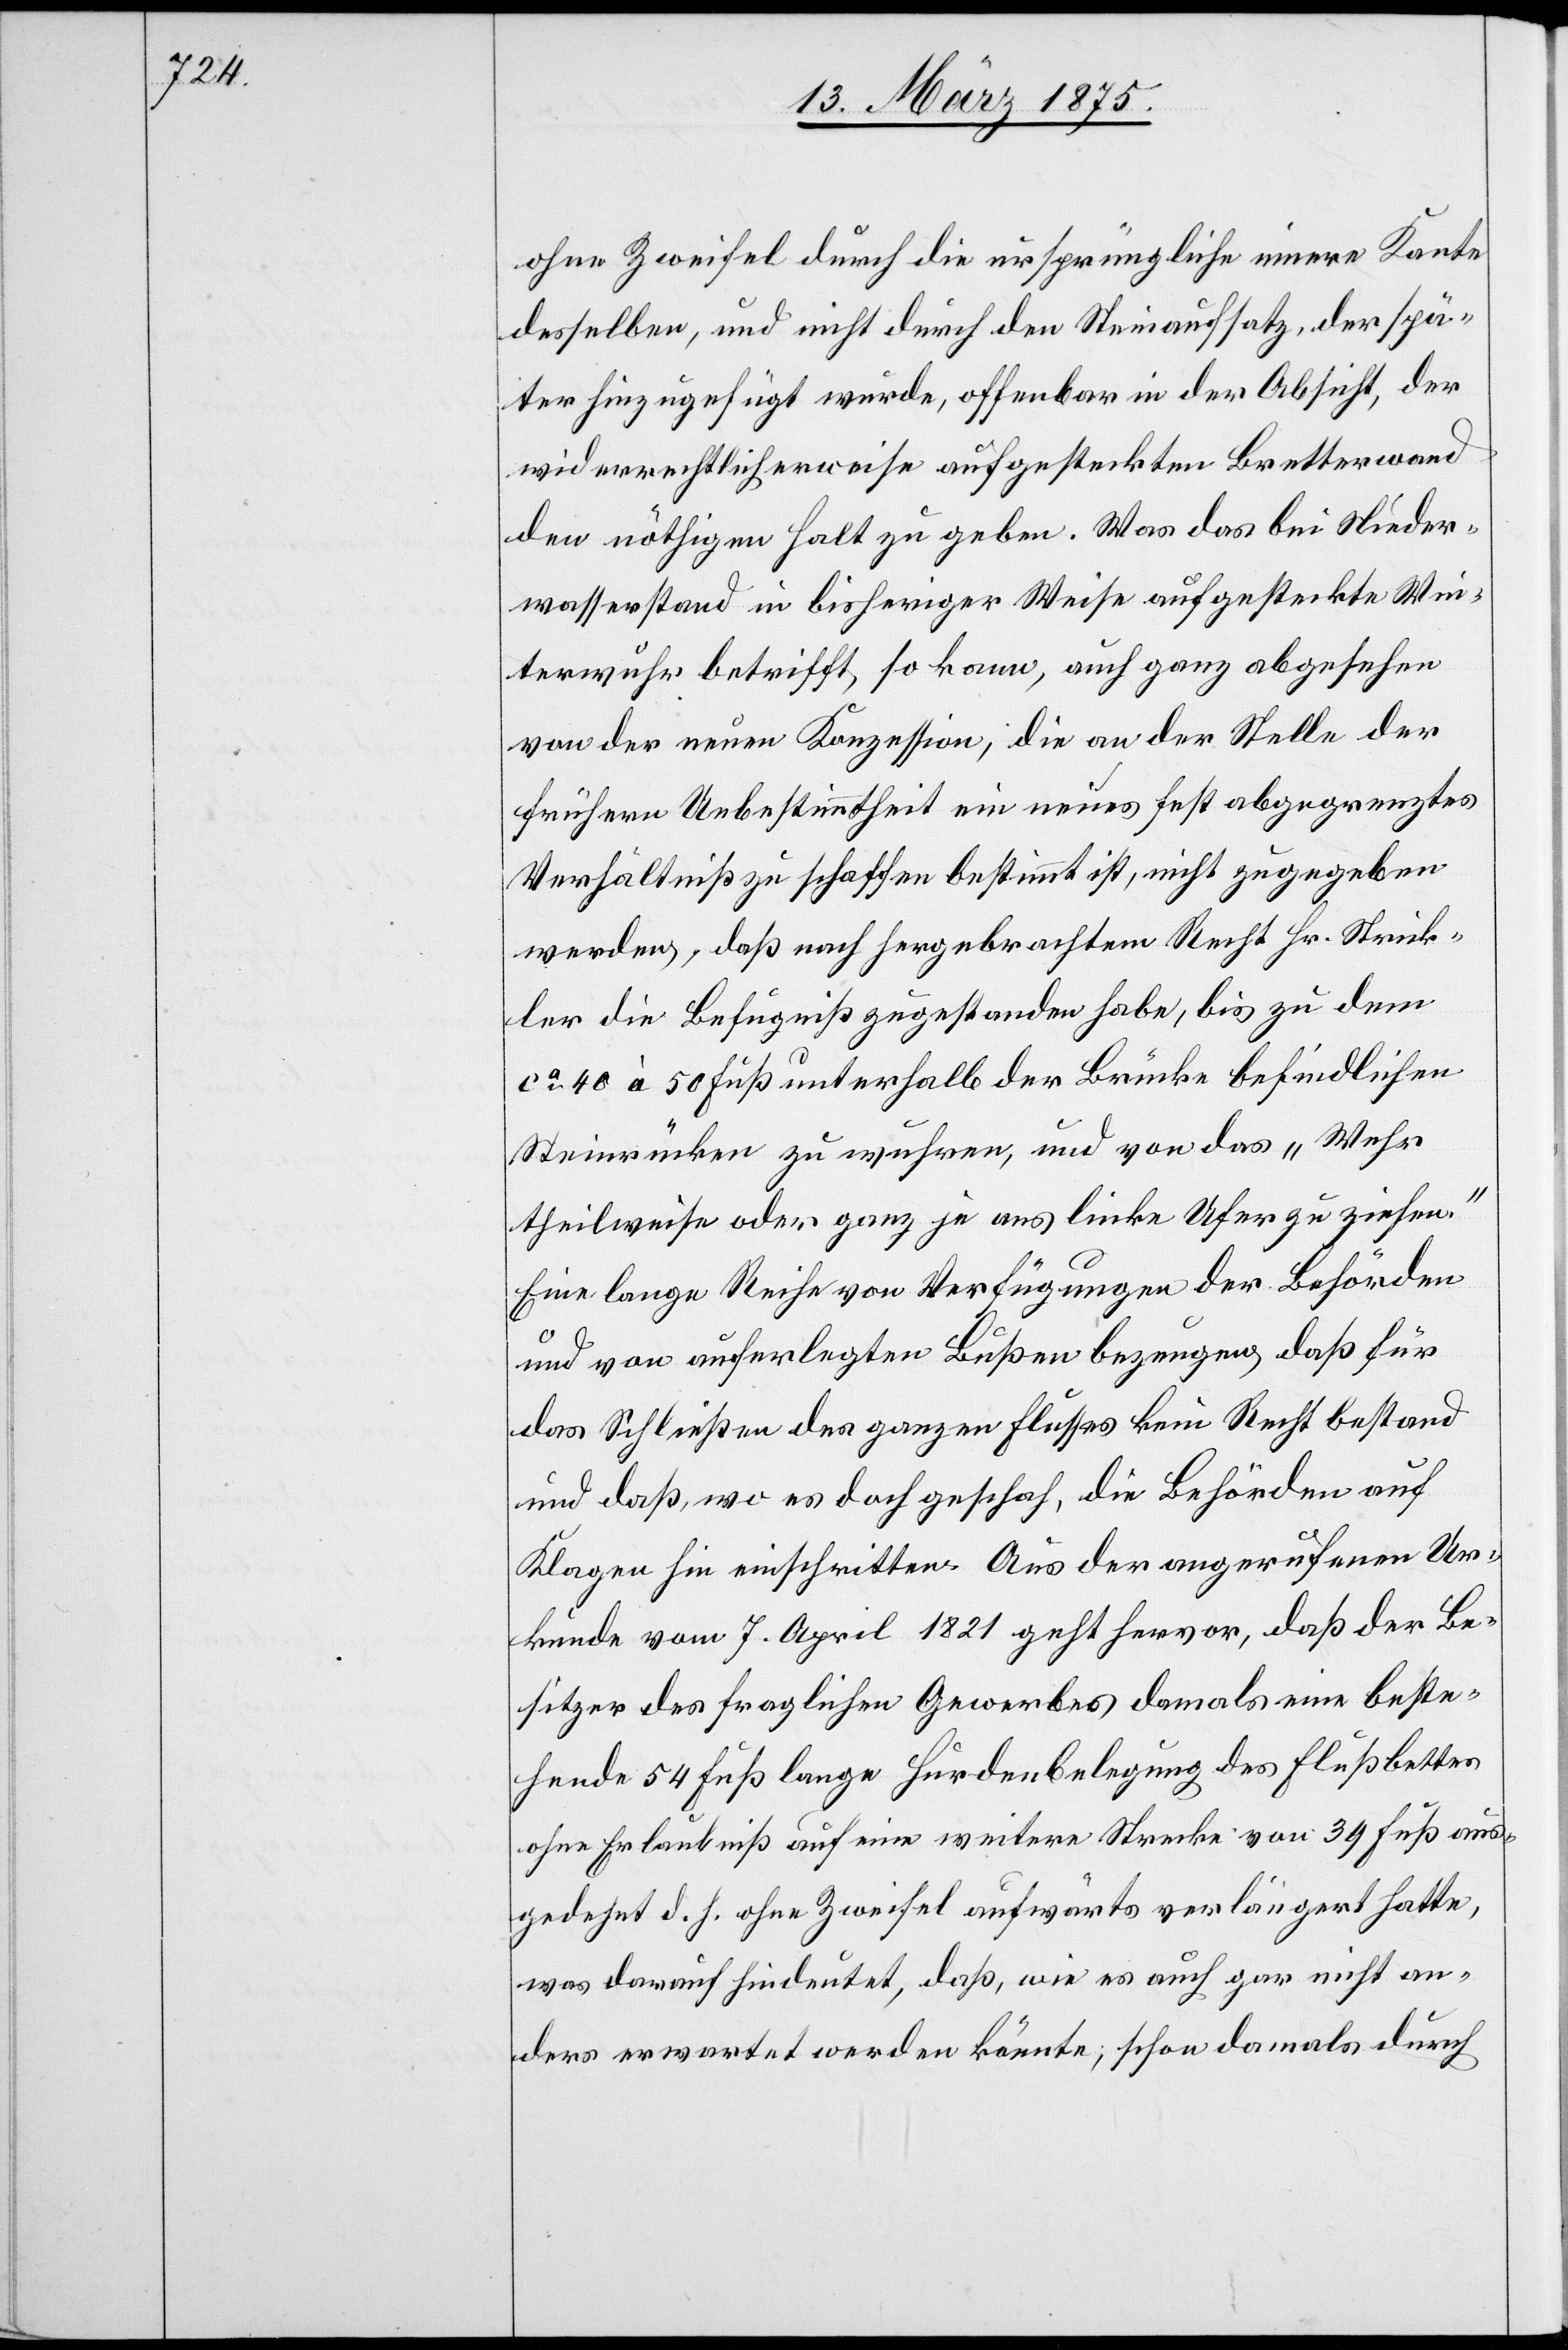
ohne Zweifel durch die ursprüngliche innere Kante
desselben, und nicht durch den Steinaufsatz, der spä¬
ter hinzugefügt wurde, offenbar in der Absicht, der
widerrechtlicherweise aufgesteckter Bretterwand
den nöthigen Halt zu geben. Was das bei Nieder¬
wasserstand in bisheriger Weise aufgesteckte Win¬
terwuhr betrifft, so kann, auch ganz abgesehen
von der neuen Konzession, die an der Stelle der
früheren Unbestimmtheit ein neues fest abgegrenztes
Verhältniß zu schaffen bestimmt ist, nicht zugegeben
werden, daß nach hergebrachtem Recht Hr. Strick¬
ler die Befugniß zugestanden habe, bis zu dem
ca 40 à 50 Fuß unterhalb der Brücke befindlichen
Steinrücken zu wuhren, und vor das „Wehr
theilweise oder ganz je ans linke Ufer zu ziehen.“
Eine lange Reihe von Verfügungen der Behörden
und von auferlegten Bußen bezeugen, daß für
das Schließen des ganzen Flusses kein Recht bestand
und daß, wo es doch geschah, die Behörden auf
Klagen hin einschritten. Aus der angerufenen Ur¬
kunde vom 7. April 1821 geht hervor, daß der Be¬
sitzer des fraglichen Gewerbes damals eine beste¬
hende 54 Fuß lange Hurdenbelegung des Flußbettes
ohne Erlaubniß auf eine weitere Strecke von 39 Fuß aus¬
gedehnt d. h. ohne Zweifel aufwärts verlängert hatte,
was darauf hindeutet, daß, wie es auch gar nicht an¬
ders erwartet werden könnte; schon damals durch